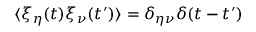
\langle \xi _ { \eta } ( t ) \xi _ { \nu } ( t ^ { \prime } ) \rangle = \delta _ { \eta \nu } \delta ( t - t ^ { \prime } )